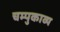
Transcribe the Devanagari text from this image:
चम्पुकाव्य